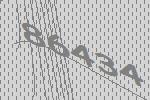
86434